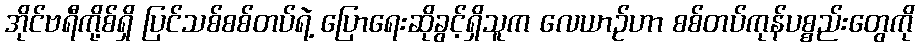
အိုင်ဗရီကို့စ်ရှိ ပြင်သစ်စစ်တပ်ရဲ့ ပြောရေးဆိုခွင့်ရှိသူက လေယာဉ်ဟာ စစ်တပ်ကုန်ပစ္စည်းတွေကို